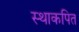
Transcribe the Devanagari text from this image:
स्थाकपित